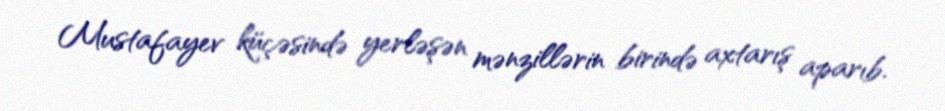
Mustafayev küçəsində yerləşən mənzillərin birində axtarış aparıb.